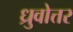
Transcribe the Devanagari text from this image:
ध्रुवोत्तर